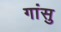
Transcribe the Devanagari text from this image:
गांसु